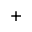
^ +